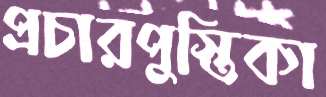
প্রচারপুস্তিকা